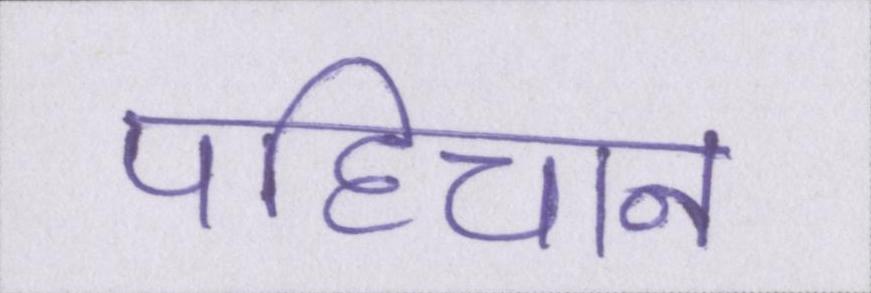
पहिचान